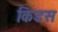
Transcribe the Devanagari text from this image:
किडस